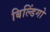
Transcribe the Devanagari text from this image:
बिल्डिंगो